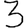
Digit: 3